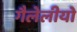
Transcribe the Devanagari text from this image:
गैलेलीयो